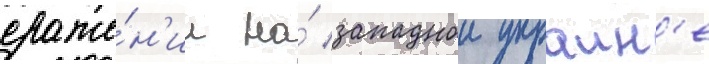
сраже́н'ии на́ западнои украин'е